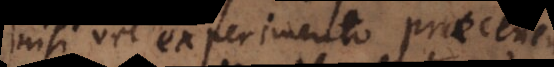
nisi vel experimento praecedent